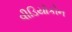
વીડિયોકોન